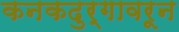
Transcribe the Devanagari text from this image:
कनकदुर्गावरून